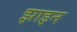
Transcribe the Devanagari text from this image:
झाइन